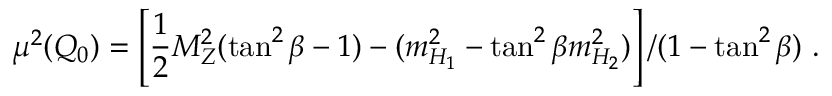
\mu ^ { 2 } ( Q _ { 0 } ) = \left[ \frac { 1 } { 2 } M _ { Z } ^ { 2 } ( \tan ^ { 2 } \beta - 1 ) - ( m _ { H _ { 1 } } ^ { 2 } - \tan ^ { 2 } \beta m _ { H _ { 2 } } ^ { 2 } ) \right] / ( 1 - \tan ^ { 2 } \beta ) ~ .